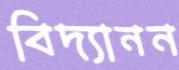
বিদ্যানন